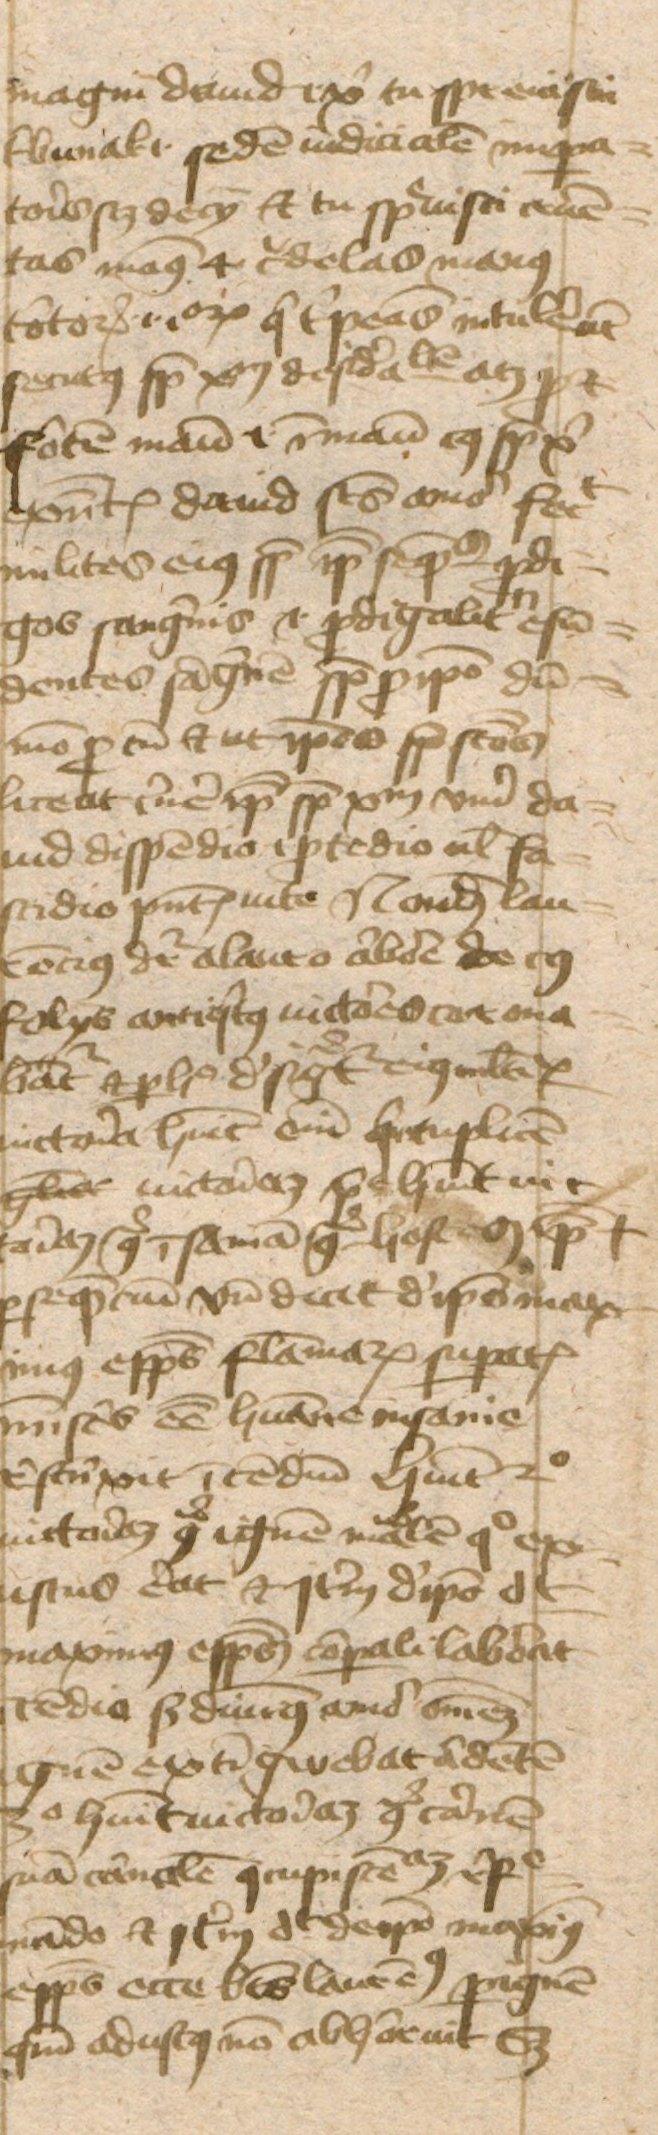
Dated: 1443–1443